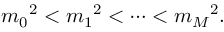
{ m _ { 0 } } ^ { 2 } < { m _ { 1 } } ^ { 2 } < \cdots < { m _ { M } } ^ { 2 } .